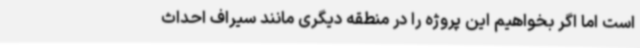
است اما اگر بخواهیم این پروژه را در منطقه دیگری مانند سیراف احداث